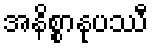
အနိစ္စာနုပဿီ